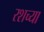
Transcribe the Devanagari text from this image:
रशच्या